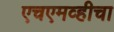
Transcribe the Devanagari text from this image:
एचएमव्हीचा